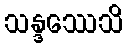
သန္ဒဿေသိ